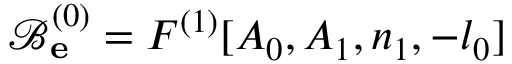
\mathcal { B } _ { \bf e } ^ { ( 0 ) } = F ^ { ( 1 ) } [ A _ { 0 } , A _ { 1 } , n _ { 1 } , - l _ { 0 } ]